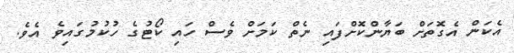
އެކަން އެގޮތަށް ބަޔާންކޮށްފައި ނެތް ކަމަށް ވެސް ހައި ކޯޓުގެ ހުކުމުގައިވެ އެވެ.